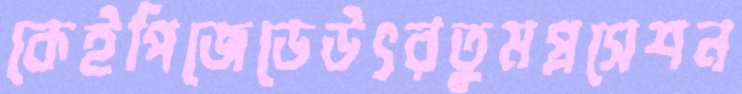
কেইপিজেডেউৎরতুমপ্রসেশন